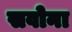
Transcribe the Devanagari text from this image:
सवोना